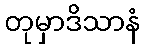
တုမှာဒိသာနံ